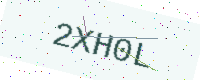
Text: 2XH0L